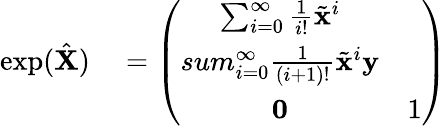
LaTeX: \begin{array}{rl}{\exp(\hat{\mathbf{X}})}&{{}=\left(\begin{array}{cc}{\sum_{i=0}^{\infty}\frac{1}{i!}\tilde{\mathbf{x}}^{i}}&{\ }\\ {sum_{i=0}^{\infty}\frac{1}{\left(i+1\right)!}\tilde{\mathbf{x}}^{i}\mathbf{y}}\\ {\mathbf{0}}&{1}\end{array}\right)}\end{array}